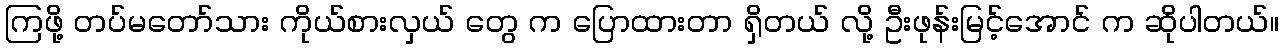
ကြဖို့ တပ်မတော်သား ကိုယ်စားလှယ် တွေ က ပြောထားတာ ရှိတယ် လို့ ဦးဖုန်းမြင့်အောင် က ဆိုပါတယ်။